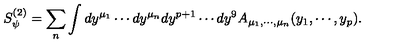
S _ { \psi } ^ { ( 2 ) } = \sum _ { n } \int d y ^ { \mu _ { 1 } } \cdots d y ^ { \mu _ { n } } d y ^ { p + 1 } \cdots d y ^ { 9 } A _ { \mu _ { 1 } , \cdots , \mu _ { n } } ( y _ { 1 } , \cdots , y _ { p } ) .